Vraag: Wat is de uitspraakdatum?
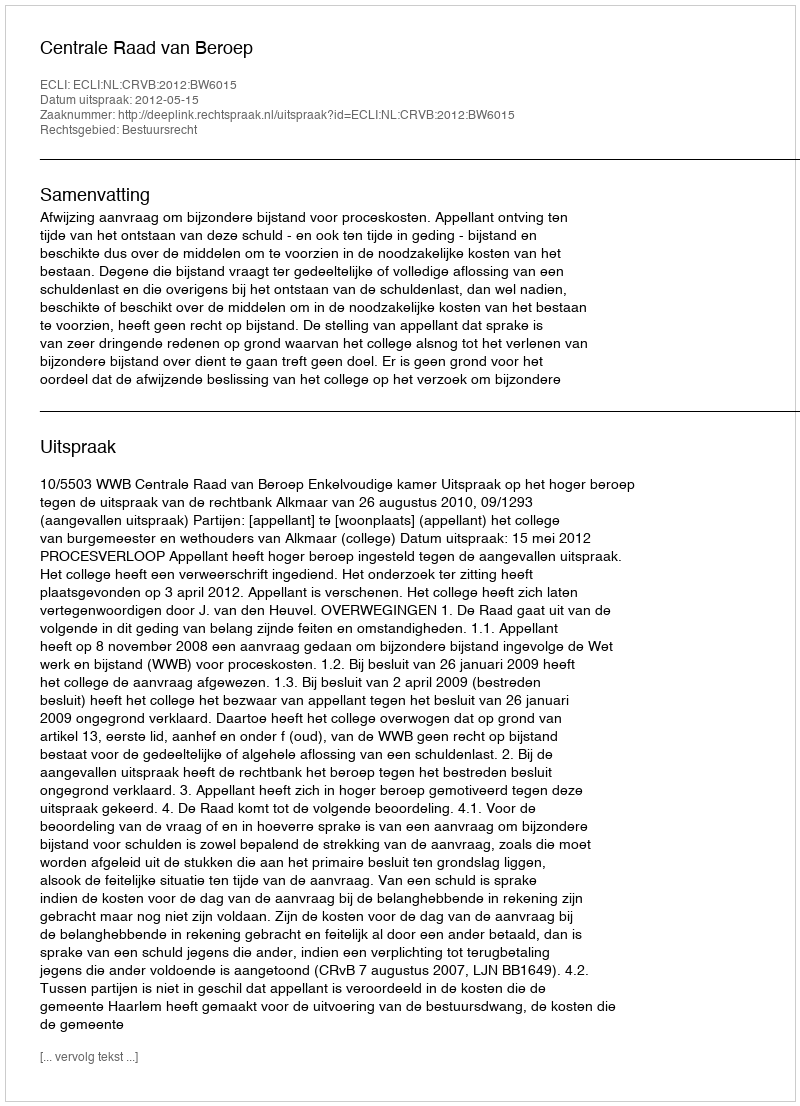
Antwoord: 2012-05-15